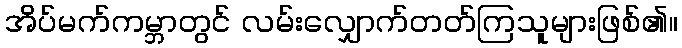
အိပ်မက်ကမ္ဘာတွင် လမ်းလျှောက်တတ်ကြသူများဖြစ်၏။